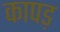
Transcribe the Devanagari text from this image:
कापड़